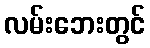
လမ်းဘေးတွင်